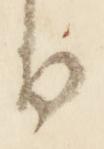
日